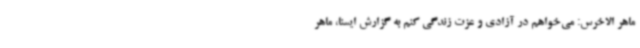
ماهر الاخرس: می‌خواهم در آزادی و عزت زندگی کنم به گزارش ایسنا، ماهر